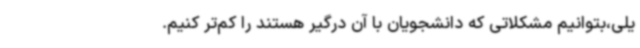
یلی،بتوانیم مشکلاتی که دانشجویان با آن درگیر هستند را کم‌تر کنیم.